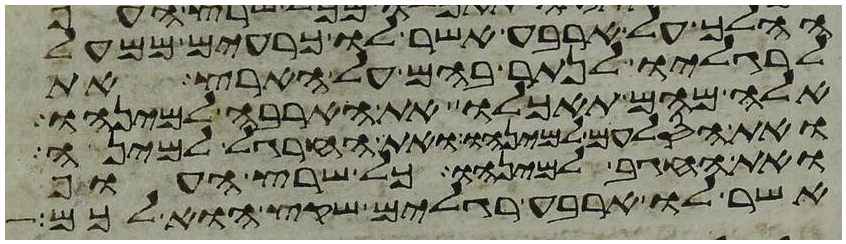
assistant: ההלך על ארבע אשר לו כרעים ממעל
לרגליו לנתר בהם על הארץ את
אלה מהם תאכלו את הארבה למינהו
ואת הסלעם למינהו ואת החרגל למינה
ואת החגב למינהו וכל שרץ העוף
אשר לו ארבע רגלים שקץ הוא לכם